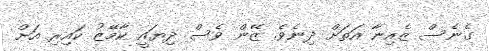
ގެނެސް ޒެއިނާ އަތަށް ދިނެވެ. ޒޭން ވެސް ދިޔައީ ކާމޭޒު ކައިރި އަށް